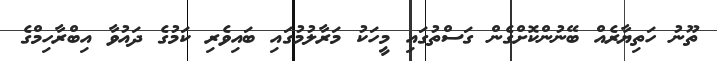
ތޫނު ހަތިޔާރެއް ބޭނުންކޮށްގެން ގަސްތުގައި މީހަކު މަރާލުމުގައި ބައިވެރި ކަމުގެ ދައުވާ އިބްރާހިމްގެ